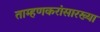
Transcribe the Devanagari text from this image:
ताम्हणकरांसारख्या